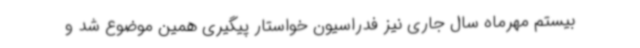
بیستم مهرماه سال جاری نیز فدراسیون خواستار پیگیری همین موضوع شد و